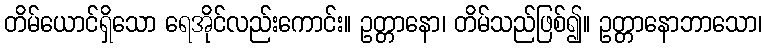
တိမ်ယောင်ရှိသော ရေအိုင်လည်းကောင်း။ ဥတ္တာနော၊ တိမ်သည်ဖြစ်၍။ ဥတ္တာနောဘာသော၊